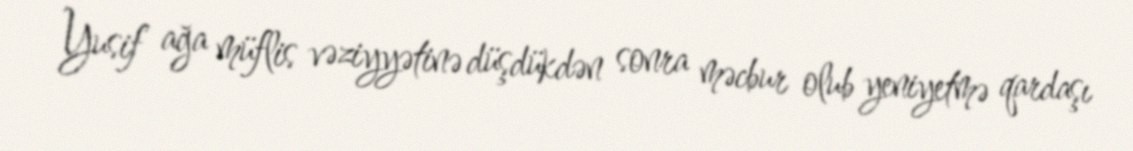
Yusif ağa müflis vəziyyətinə düşdükdən sonra məcbur olub yeniyetmə qardaşı